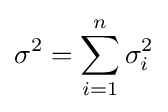
\sigma ^{2}=\sum _{i=1}^{n}\sigma _{i}^{2}